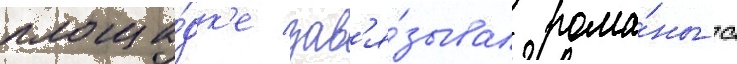
площа́дк'е зав'я́зывал рома́ны с